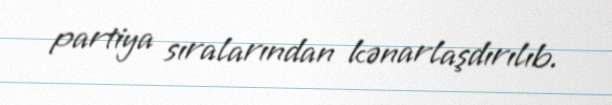
partiya sıralarından kənarlaşdırılıb.